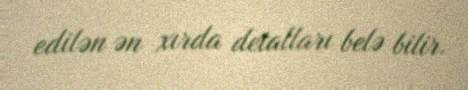
edilən ən xırda detalları belə bilir.